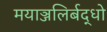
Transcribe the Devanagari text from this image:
मयाञ्जलिर्बद्धो